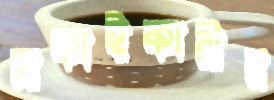
সাফাইকারীর